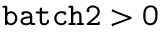
\mathtt { b a t c h 2 } > 0